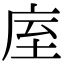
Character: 庢